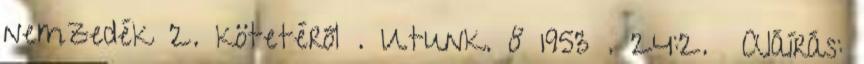
nemzedék 2. kötetéről . Utunk. 8 1953 . 24:2. Aláírás: